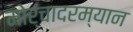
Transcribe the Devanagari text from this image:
मोर्चादरम्यान